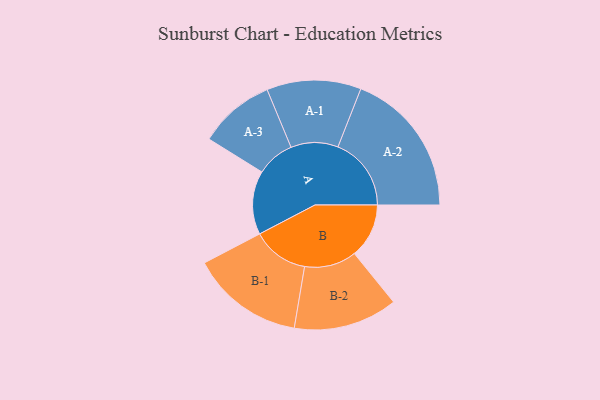
{"axis": {"x": "Segment", "y": "Value"}, "legend": ["", "A", "B"], "data": [{"x": "A", "y": 224, "type": ""}, {"x": "B", "y": 192, "type": ""}, {"x": "A-1", "y": 166, "type": "A"}, {"x": "A-2", "y": 258, "type": "A"}, {"x": "A-3", "y": 134, "type": "A"}, {"x": "B-1", "y": 199, "type": "B"}, {"x": "B-2", "y": 183, "type": "B"}]}